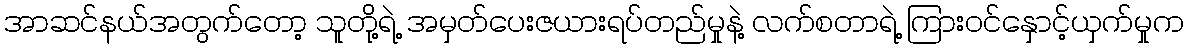
အာဆင်နယ်အတွက်တော့ သူတို့ရဲ့ အမှတ်ပေးဇယားရပ်တည်မှုနဲ့ လက်စတာရဲ့ ကြားဝင်နှောင့်ယှက်မှုက